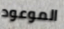
الموعود